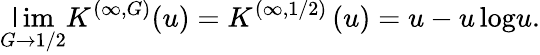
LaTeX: \operatorname*{\mathsf{l}im}_{G\to1/2}K^{(\infty,G)}(u)=K^{(\infty,1/2)}\left(u\right)=u-{u\log}u.